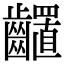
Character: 𪙳